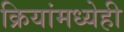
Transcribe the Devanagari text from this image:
क्रियांमध्येही